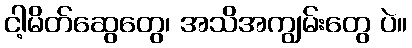
ငါ့မိတ်ဆွေတွေ၊ အသိအကျွမ်းတွေ ပဲ။